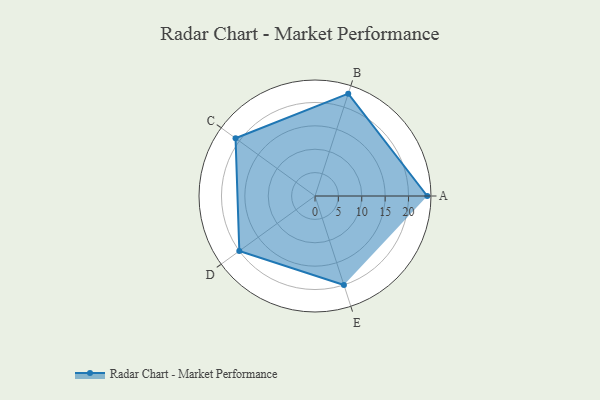
{"axis": {"x": "Skill", "y": "Score"}, "legend": ["Profile"], "data": [{"x": "A", "y": 24.0, "type": "Profile"}, {"x": "B", "y": 23.0, "type": "Profile"}, {"x": "C", "y": 21.0, "type": "Profile"}, {"x": "D", "y": 20, "type": "Profile"}, {"x": "E", "y": 20, "type": "Profile"}]}